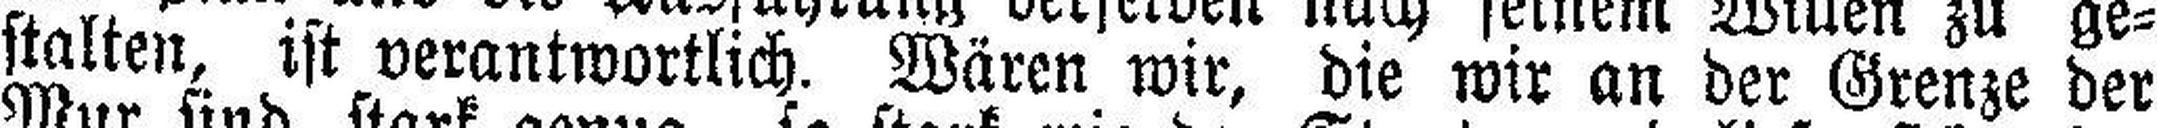
stalten, ist verantwortlich. Wären wir, die wir an der Grenze der